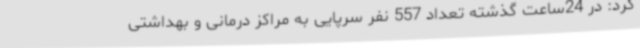
کرد: در 24ساعت گذشته تعداد 557 نفر سرپایی به مراکز درمانی و بهداشتی